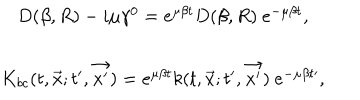
\begin{array} { c } { { D ( \beta , R ) - i \mu \gamma ^ { 0 } = e ^ { \mu \beta t } D ( \beta , R ) \ e ^ { - \mu \beta t } , } } \\ { { K _ { b c } ( t , \vec { x } ; t ^ { \prime } , \vec { x ^ { \prime } } ) = e ^ { \mu \beta t } k ( t , \vec { x } ; t ^ { \prime } , \vec { x ^ { \prime } } ) \ e ^ { - \mu \beta t \prime } , } } \\ \end{array}